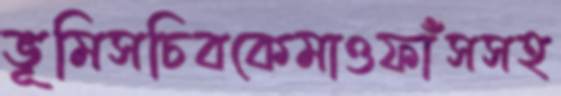
ভূমিসচিবকেমাওফাঁসসহ